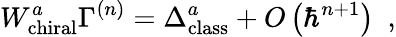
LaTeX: W_{\mathrm{chiral}}^{a}\Gamma^{\left(n\right)}=\Delta_{\mathrm{class}}^{a}+O\left(\hbar^{n+1}\right)\, \, \, ,